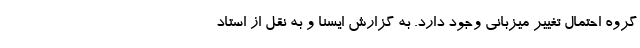
گروه احتمال تغییر میزبانی وجود دارد. به گزارش ایسنا و به نقل از استاد